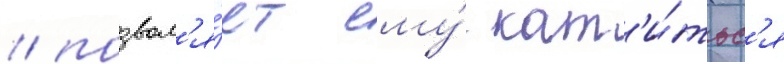
/ позвол'я́ет ему́ кат'и́тьс'я